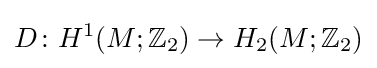
D\colon H^{1}(M;{\mathbb {Z} }_{2})\to H_{2}(M;{\mathbb {Z} }_{2})